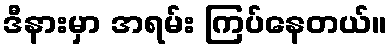
ဒီနားမှာ အရမ်း ကြပ်နေတယ်။